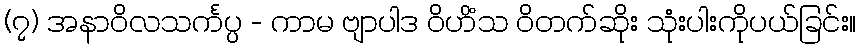
(၇) အနာဝိလသင်္ကပ္ပ - ကာမ ဗျာပါဒ ဝိဟိံသ ဝိတက်ဆိုး သုံးပါးကိုပယ်ခြင်း။